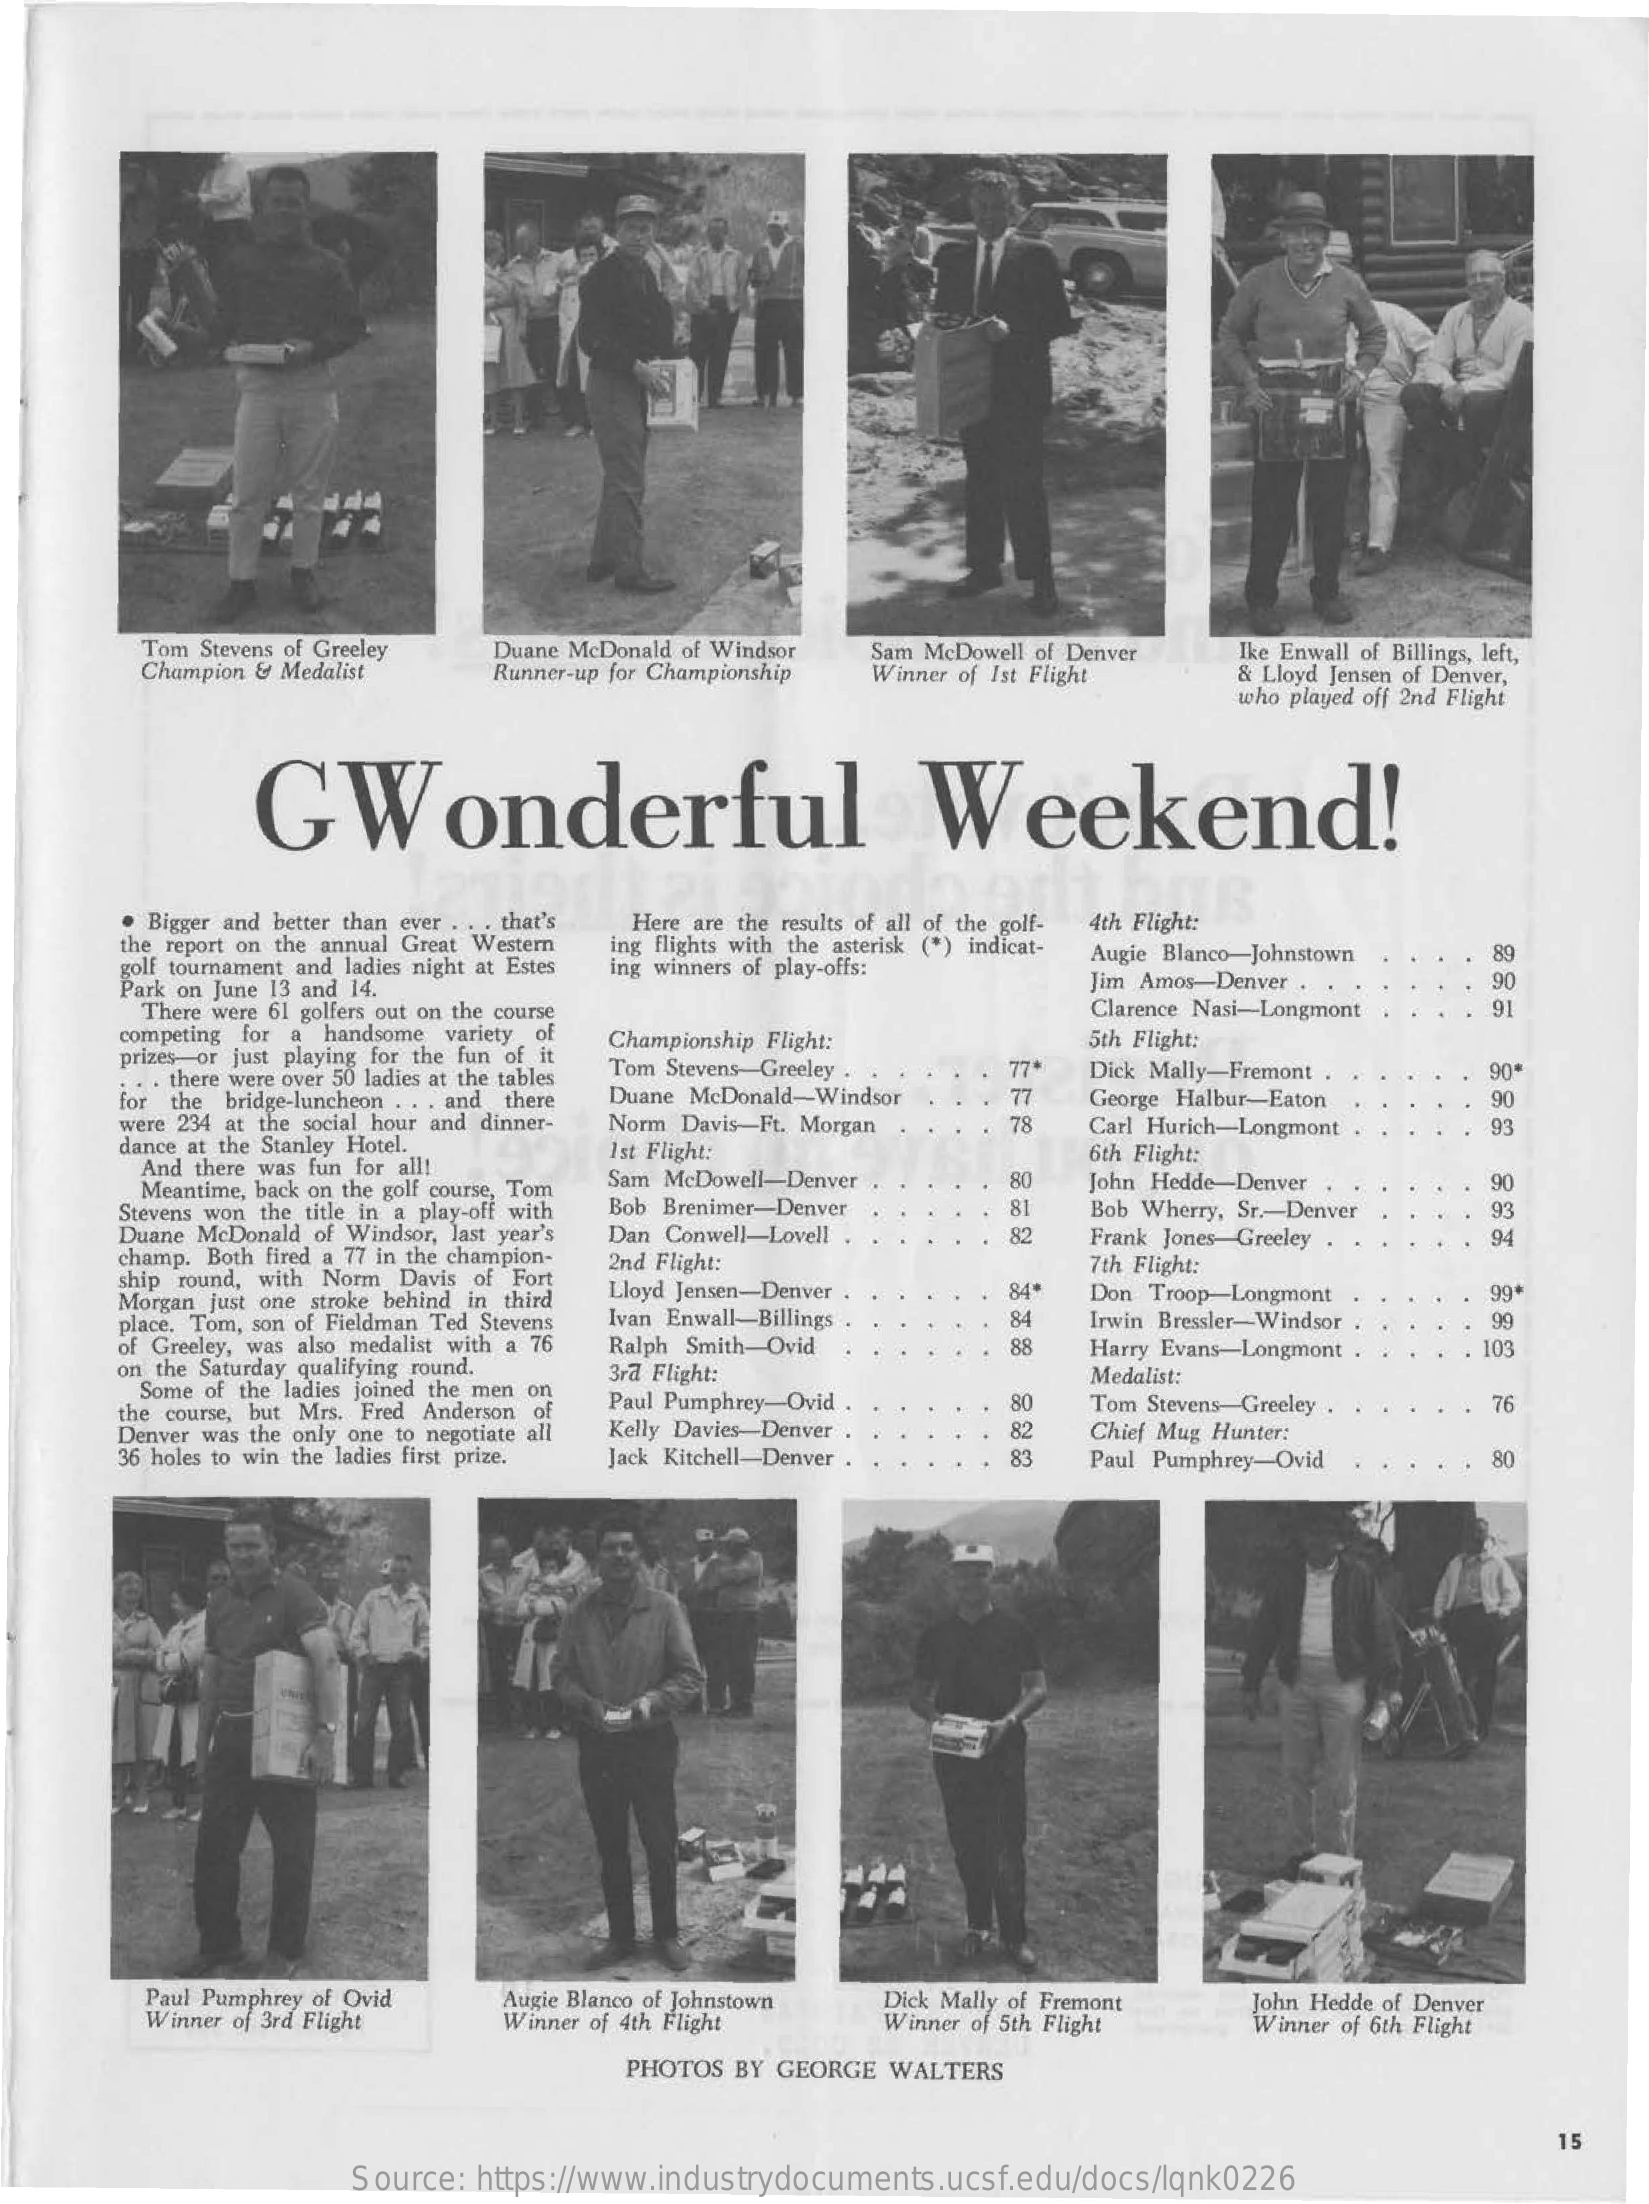
Tom Stevens of Greeley
     Champion & Medalist
     Duane McDonald of Windsor
     Runner-up for Championship
     Sam McDowell of Denver
     Winner of Ist Flight
     Ike Enwall of Billings, left,
     & Lloyd Jensen of Denver,
     who played off 2nd Flight
     GWonderful    Weekend!
     . Bigger and better than ever ... that's Here are the results of all of the golf- 4th Flight:
     the report on the annual Great Western
     golf tournament and ladies night at Estes
     ing flights with the asterisk (*) indicat-
     Park on June 13 and 14.
     ing winners of play-offs:
     Augie Blanco-Johnstown
     Jim Amos-Denver ..
     89
     90
     There were 61 golfers out on the course    Clarence Nasi-Longmont    91
     competing for a handsome variety of
     prizes or just playing for the fun of it
     Championship Flight:    5th Flight:
     . . . there were over 50 ladies at the tables Tom Stevens-Greeley . 77 Dick Mally-Fremont .
     77
     90*
     for the bridge-luncheon . .. and there Duane McDonald-Windsor
     were 234 at the social hour and dinner-
     dance at the Stanley Hotel.
     Norm Davis-Ft. Morgan    78
     George Halbur-Eaton    90
     And there was fun for all!
     1st Flight:
     Carl Hurich-Longmont    .93
     6th Flight:
     Meantime, back on the golf course, Tom Sam McDowell-Denver  80
     Stevens won the title in a play-off with Bob Brenimer-Denver
     Dan Conwell-Lovell .
     81
     John Hedde-Denver    90
     Duane McDonald of Windsor, last year's    82
     Bob Wherry, Sr .- Denver
     Frank Jones-Greeley .
     93
     94
     champ. Both fired a 77 in the champion-
     ship round, with Norm Davis of Fort
     2nd Flight:    7th Flight:
     Morgan just one stroke behind in third
     Lloyd Jensen-Denver    84
     place. Tom, son of Fieldman Ted Stevens Ivan Enwall-Billings 84
     Don Troop-Longmont
     Irwin Bressler-Windsor
     99*
     Ralph Smith-Ovid    88
     99
     of Greeley, was also medalist with a 76    Harry Evans-Longmont .    103
     on the Saturday qualifying round.
     Some of the ladies joined the men on
     3rd Flight:
     the course, but Mrs. Fred Anderson of Paul Pumphrey-Ovid .
     Medalist:
     Kelly Davies-Denver
     80
     82
     Tom Stevens-Greeley .    76
     Denver was the only one to negotiate all
     36 holes to win the ladies first prize. Jack Kitchell-Denver 83
     Chief Mug Hunter:
     Paul Pumphrey-Ovid    80
     Paul Pumphrey of Ovid
     Winner of 3rd Flight
     Augie Blanco of Johnstown
     Winner of 4th Flight
     Dick Mally of Fremont    John Hedde of Denver
     Winner of 5th Flight    Winner of 6th Flight
     PHOTOS BY GEORGE  WALTERS
     15
     Source:  https://www.industrydocuments.ucsf.edu/docs/lqnk0226